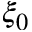
\xi _ { 0 }